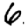
Digit: 6